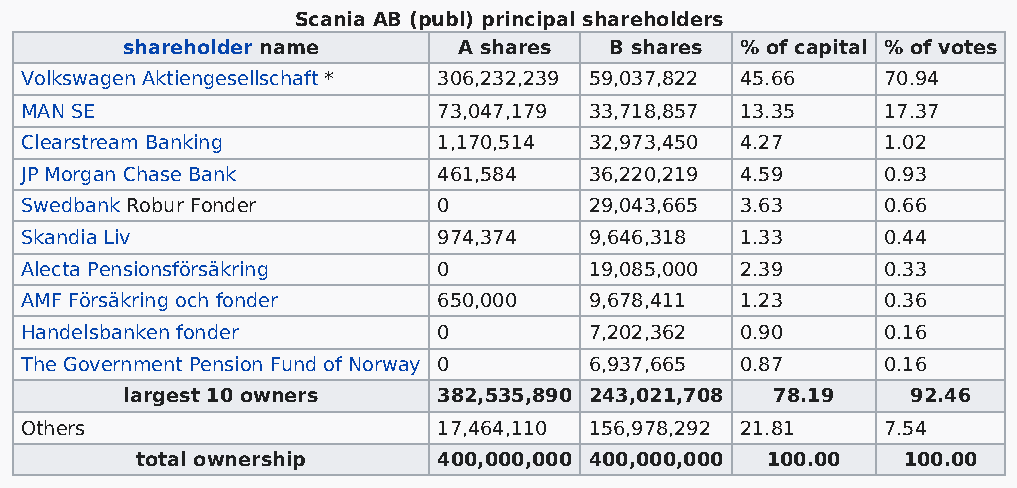
Scania AB (publ) principal shareholders
 shareholder name      A shares  B shares % of capital % of votes
 Volkswagen Aktiengesellschaft * 306,232,239 59,037,822 45.66 70.94
 MAN SE                      73,047,179 33,718,857 13.35   17.37
 Clearstream Banking         1,170,514 32,973,450 4.27     1.02
 JP Morgan Chase Bank        461,584   36,220,219 4.59     0.93
 Swedbank Robur Fonder       0         29,043,665 3.63     0.66
 Skandia Liv                 974,374   9,646,318 1.33      0.44
 Alecta Pensionsförsäkring   0         19,085,000 2.39     0.33
 AMF Försäkring och fonder   650,000   9,678,411 1.23      0.36
 Handelsbanken fonder        0         7,202,362 0.90      0.16
 The Government Pension Fund of Norway 0 6,937,665 0.87    0.16
 largest 10 owners    382,535,890 243,021,708 78.19  92.46
 Others                      17,464,110 156,978,292 21.81  7.54
 total ownership     400,000,000 400,000,000 100.00 100.00